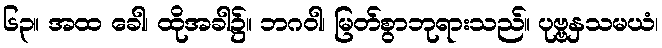
၆၃။ အထ ခေါ၊ ထိုအခါ၌။ ဘဂဝါ၊ မြတ်စွာဘုရားသည်။ ပုဗ္ဗနှသမယံ၊